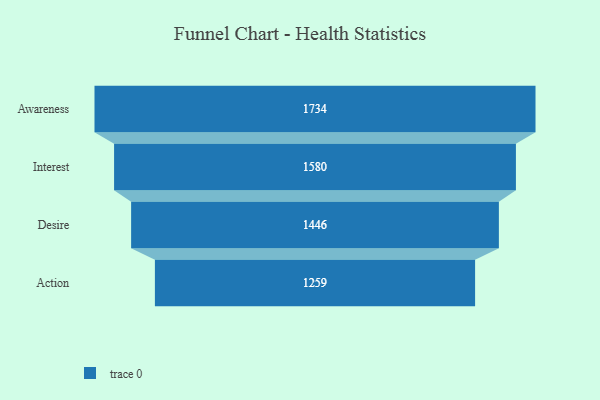
{"axis": {"x": "Stage", "y": "Value"}, "legend": [""], "data": [{"x": "Awareness", "y": 1734.0, "type": ""}, {"x": "Interest", "y": 1580.0, "type": ""}, {"x": "Desire", "y": 1446.0, "type": ""}, {"x": "Action", "y": 1259.0, "type": ""}]}